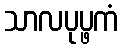
သာလပုပ္ဖကံ